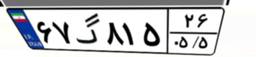
۷۸گ۵۶۱۶۵